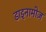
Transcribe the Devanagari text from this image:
डाइनामोज़